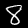
Digit: 8